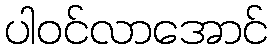
ပါဝင်လာအောင်